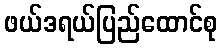
ဖယ်ဒရယ်ပြည်ထောင်စု